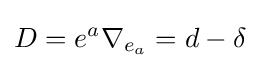
D=e^{a}\nabla _{e_{a}}=d-\delta